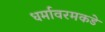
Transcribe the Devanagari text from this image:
धर्मावरमकडे